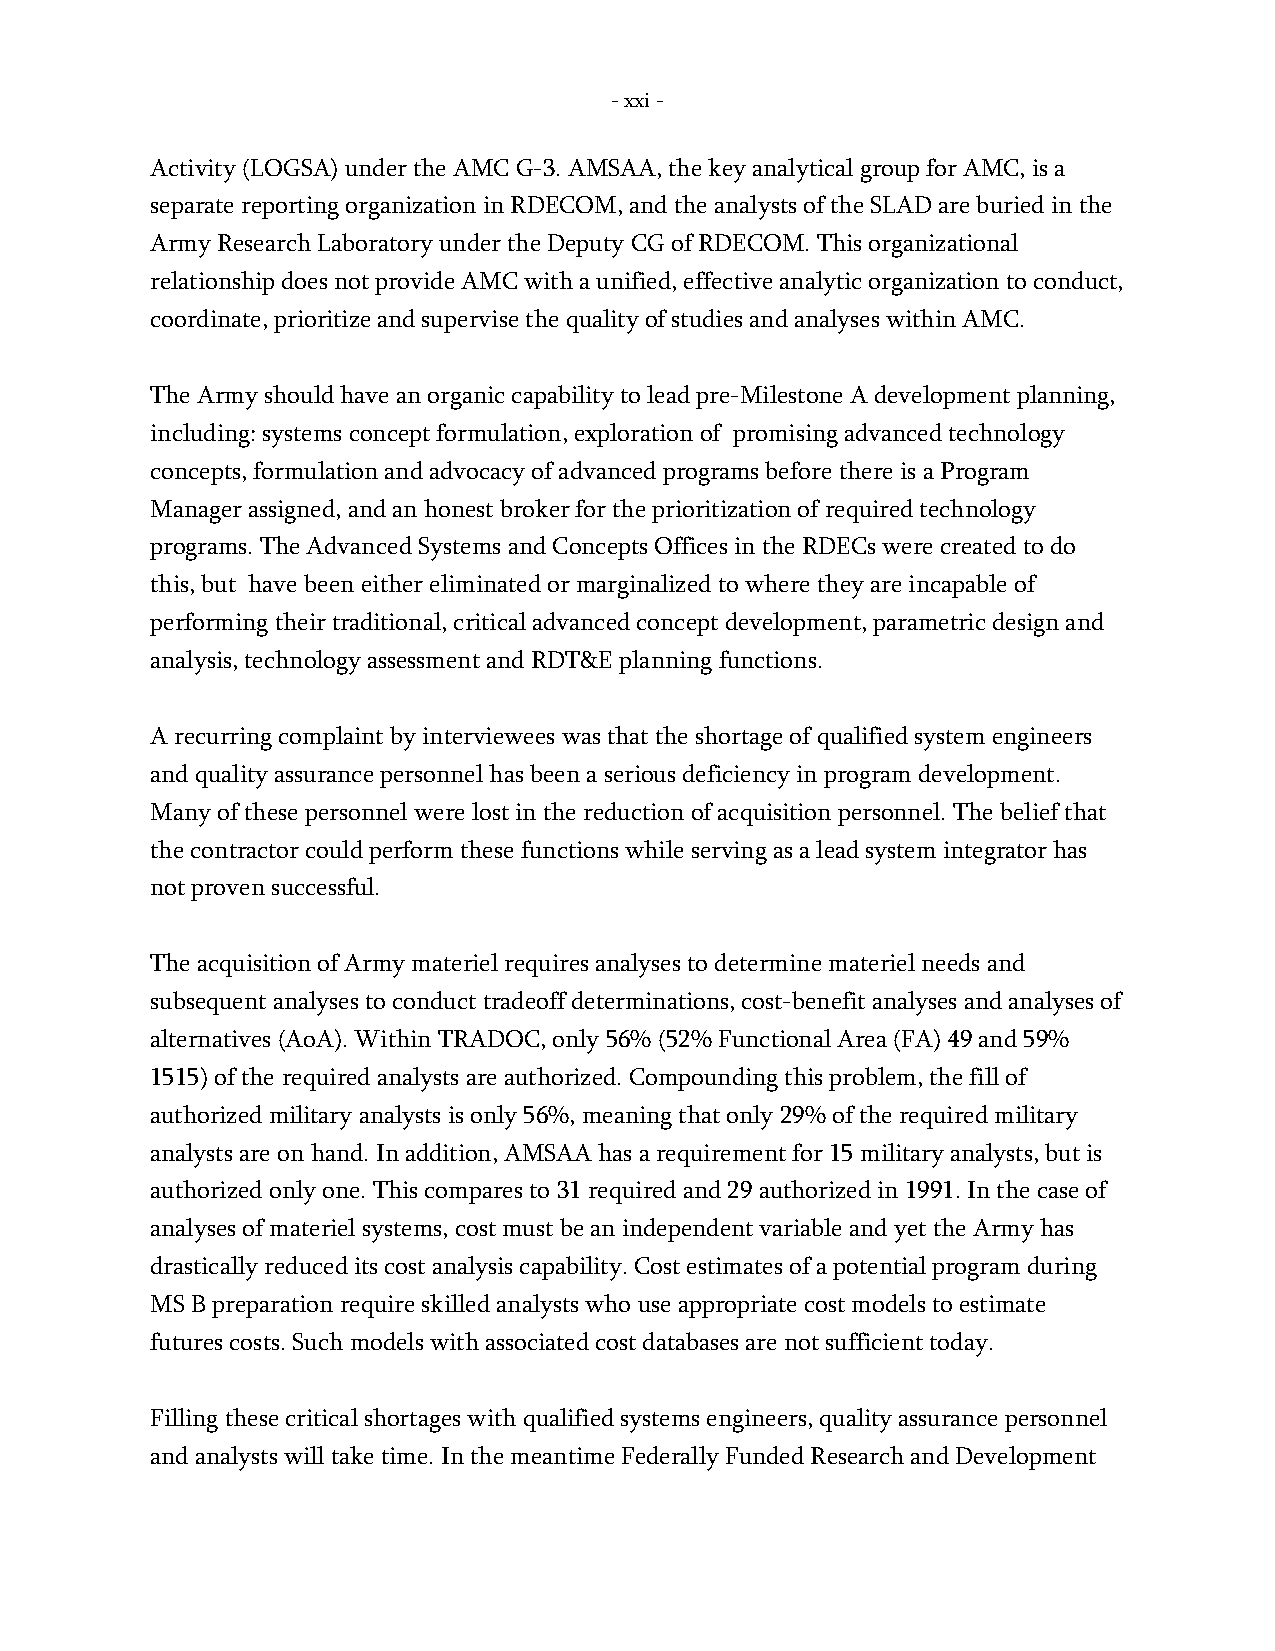
- xxi -
 Activity (LOGSA) under the AMC G-3. AMSAA, the key analytical group for AMC, is a
 separate reporting organization in RDECOM, and the analysts of the SLAD are buried in the
 Army Research Laboratory under the Deputy CG of RDECOM. This organizational
 relationship does not provide AMC with a unified, effective analytic organization to conduct,
 coordinate, prioritize and supervise the quality of studies and analyses within AMC.
 The Army should have an organic capability to lead pre-Milestone A development planning,
 including: systems concept formulation, exploration of promising advanced technology
 concepts, formulation and advocacy of advanced programs before there is a Program
 Manager assigned, and an honest broker for the prioritization of required technology
 programs. The Advanced Systems and Concepts Offices in the RDECs were created to do
 this, but have been either eliminated or marginalized to where they are incapable of
 performing their traditional, critical advanced concept development, parametric design and
 analysis, technology assessment and RDT&E planning functions.
 A recurring complaint by interviewees was that the shortage of qualified system engineers
 and quality assurance personnel has been a serious deficiency in program development.
 Many of these personnel were lost in the reduction of acquisition personnel. The belief that
 the contractor could perform these functions while serving as a lead system integrator has
 not proven successful.
 The acquisition of Army materiel requires analyses to determine materiel needs and
 subsequent analyses to conduct tradeoff determinations, cost-benefit analyses and analyses of
 alternatives (AoA). Within TRADOC, only 56% (52% Functional Area (FA) 49 and 59%
 1515) of the required analysts are authorized. Compounding this problem, the fill of
 authorized military analysts is only 56%, meaning that only 29% of the required military
 analysts are on hand. In addition, AMSAA has a requirement for 15 military analysts, but is
 authorized only one. This compares to 31 required and 29 authorized in 1991. In the case of
 analyses of materiel systems, cost must be an independent variable and yet the Army has
 drastically reduced its cost analysis capability. Cost estimates of a potential program during
 MS B preparation require skilled analysts who use appropriate cost models to estimate
 futures costs. Such models with associated cost databases are not sufficient today.
 Filling these critical shortages with qualified systems engineers, quality assurance personnel
 and analysts will take time. In the meantime Federally Funded Research and Development